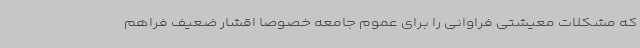
که مشکلات معیشتی فراوانی را برای عموم جامعه خصوصا اقشار ضعیف فراهم